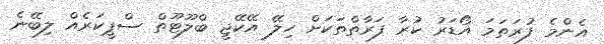
އެންމެ ފުރަތަމަ އޯޑަރު ކުރާ ފަރާތްތަކަށް ހިލޭ އޭކޭޖީ ބްލޫޓޫތް ސްޕީކަރެއް ލިބޭނެ